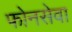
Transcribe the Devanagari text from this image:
फोनसेवा